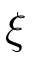
\xi